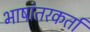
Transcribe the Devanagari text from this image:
भाषांतरकर्ता